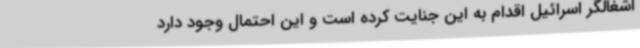
اشغالگر اسرائیل اقدام به این جنایت کرده است و این احتمال وجود دارد